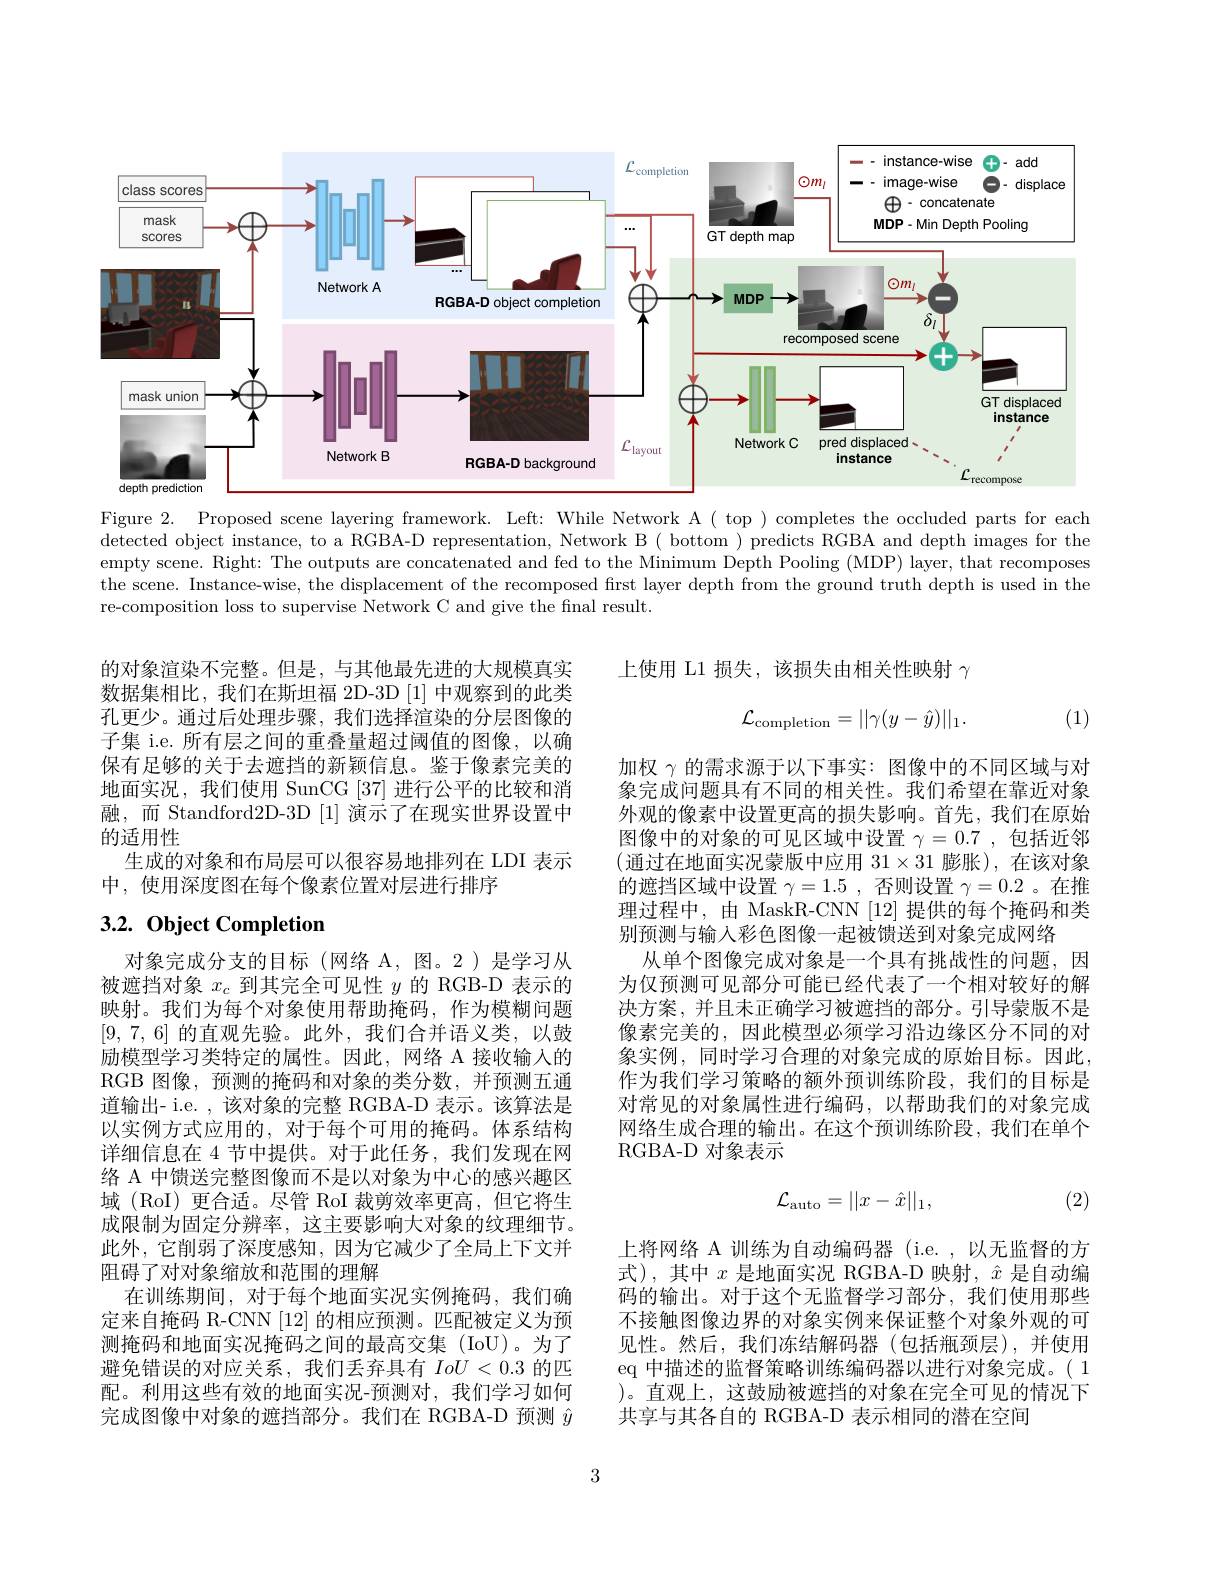
<FigureHere>

Figure 2. Proposed scene layering framework. Left: While Network A( top) completes the occluded parts for each detected object instance, to a RGBA-D representation, Network B( bottom ) predicts RGBA and depth images for the empty scene. Right: The outputs are concatenated and fed to the Minimum Depth Pooling (MDP) layer, that recomposes the scene. Instance-wise, the displacement of the recomposed first layer depth from the ground truth depth is used in the re-composition loss to supervise Network C and give the fnal result.

上使用 L1 损失，该损失由相关性映射$\gamma$
$$\mathcal{L}_{\mathrm{completion}}=||\gamma(y-\hat{y})||_{1}.$$
(1)

的对象渲染不完整。但是，与其他最先进的大规模真实数据集相比，我们在斯坦福 2D-3D [1] 中观察到的此类孔更少。通过后处理步骤，我们选择渲染的分层图像的子集 i.e. 所有层之间的重叠量超过阈值的图像，以确保有足够的关于去遮挡的新颖信息。鉴于像素完美的地面实况，我们使用 SunCG [37] 进行公平的比较和消融，而 Standford2D-3D [1] 演示了在现实世界设置中的适用性
生成的对象和布局层可以很容易地排列在 LDI 表示
中，使用深度图在每个像素位置对层进行排序

# 3.2. Object Completion

加权$\gamma$的需求源于以下事实：图像中的不同区域与对象完成问题具有不同的相关性。我们希望在靠近对象外观的像素中设置更高的损失影响。首先，我们在原始图像中的对象的可见区域中设置$\gamma=0.7$ ,包括近邻(通过在地面实况蒙版中应用 $31\times31$ 膨胀),在该对象的遮挡区域中设置$\gamma=1.5$ ,否则设置$\gamma=0.2$ 。在推理过程中，由 MaskR-CNN [12] 提供的每个掩码和类别预测与输入彩色图像一起被馈送到对象完成网络
从单个图像完成对象是一个具有挑战性的问题，因为仅预测可见部分可能已经代表了一个相对较好的解决方案，并且未正确学习被遮挡的部分。引导蒙版不是像素完美的，因此模型必须学习沿边缘区分不同的对象实例，同时学习合理的对象完成的原始目标。因此， 作为我们学习策略的额外预训练阶段，我们的目标是对常见的对象属性进行编码，以帮助我们的对象完成网络生成合理的输出。在这个预训练阶段，我们在单个RGBA-D 对象表示

对象完成分支的目标(网络 A,图。2)是学习从被遮挡对象$x_c$到其完全可见性$y$的 RGB-D 表示的映射。我们为每个对象使用帮助掩码，作为模糊问题[9,7,6]的直观先验。此外，我们合并语义类，以鼓励模型学习类特定的属性。因此，网络 A 接收输入的RGB 图像，预测的掩码和对象的类分数，并预测五通道输出- i.e. , 该对象的完整 RGBA-D 表示。该算法是以实例方式应用的，对于每个可用的掩码。体系结构详细信息在 4 节中提供。对于此任务，我们发现在网络 A 中馈送完整图像而不是以对象为中心的感兴趣区域 (RoI) 更合适。尽管 RoI 裁剪效率更高，但它将生成限制为固定分辨率，这主要影响大对象的纹理细节。此外，它削弱了深度感知，因为它减少了全局上下文并阻碍了对对象缩放和范围的理解
在训练期间，对于每个地面实况实例掩码，我们确定来自掩码 R-CNN [12] 的相应预测。匹配被定义为预测掩码和地面实况掩码之间的最高交集 (IoU)。为了避免错误的对应关系，我们丢弃具有$IoU<0.3$的匹配。利用这些有效的地面实况-预测对，我们学习如何完成图像中对象的遮挡部分。我们在 RGBA-D 预测$\hat{y}$

(2)
$$\mathcal{L}_{\mathrm{auto}}=||x-\hat{x}||_1,$$
上将网络 A 训练为自动编码器 (i.e.,以无监督的方式),其中$x$是地面实况 RGBA-D 映射，$\hat{x}$是自动编码的输出。对于这个无监督学习部分，我们使用那些不接触图像边界的对象实例来保证整个对象外观的可见性。然后，我们冻结解码器(包括瓶颈层),并使用eq 中描述的监督策略训练编码器以进行对象完成。( 1 )。直观上，这鼓励被遮挡的对象在完全可见的情况下共享与其各自的 RGBA-D 表示相同的潜在空间

3